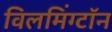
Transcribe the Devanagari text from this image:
विलमिंग्टॉन